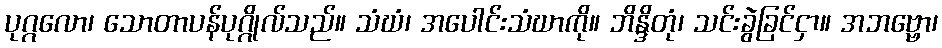
ပုဂ္ဂလော၊ သောတာပန်ပုဂ္ဂိုလ်သည်။ သံဃံ၊ အပေါင်းသံဃာကို။ ဘိန္ဒိတုံ၊ သင်းခွဲခြင်ငှာ။ အဘဗ္ဗော၊